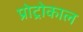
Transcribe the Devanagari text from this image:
प्रोट्रोकाल